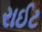
રાઈટ